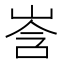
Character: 㟔